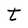
Character: t